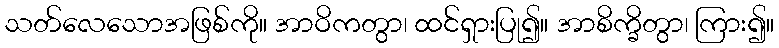
သတ်လေသောအဖြစ်ကို။ အာဝိကတွာ၊ ထင်ရှားပြု၍။ အာစိက္ခိတွာ၊ ကြား၍။